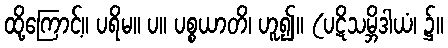
ထို့ကြောင့်။ ပရိမ။ ပ။ ပစ္စယာတိ၊ ဟူ၍။ (ပဋိသမ္ဘိဒါယံ၊ ၌။